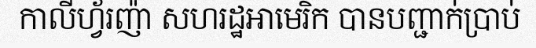
កាលីហ្វ័រញ៉ា សហរដ្ឋអាមេរិក បានបញ្ជាក់ប្រាប់